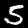
Label: 5